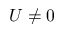
U \neq 0